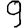
Digit: 9